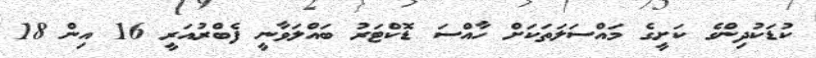
ކުޑަކުދިންގެ ކަށީގެ މައްސަލަތަކަށް ހާއްސަ ޑޮކްޓަރު ބައްލަވާނީ ފެބްރުއަރީ 16 އިން 18